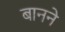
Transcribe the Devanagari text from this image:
बानने